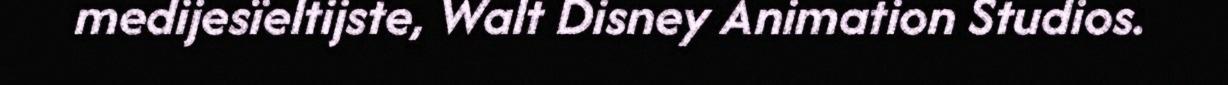
medijesïeltijste, Walt Disney Animation Studios.